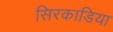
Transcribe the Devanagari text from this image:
सिरकाडिया